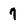
Character: 7